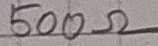
Text: 500Ω